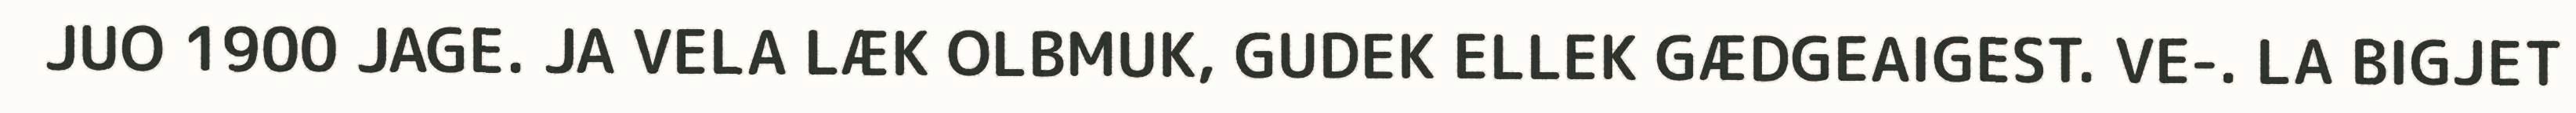
JUO 1900 JAGE. JA VELA LÆK OLBMUK, GUDEK ELLEK GÆDGEAIGEST. VE-. LA BIGJET